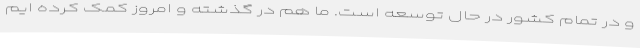
و در تمام کشور در حال توسعه است. ما هم در گذشته و امروز کمک کرده ایم